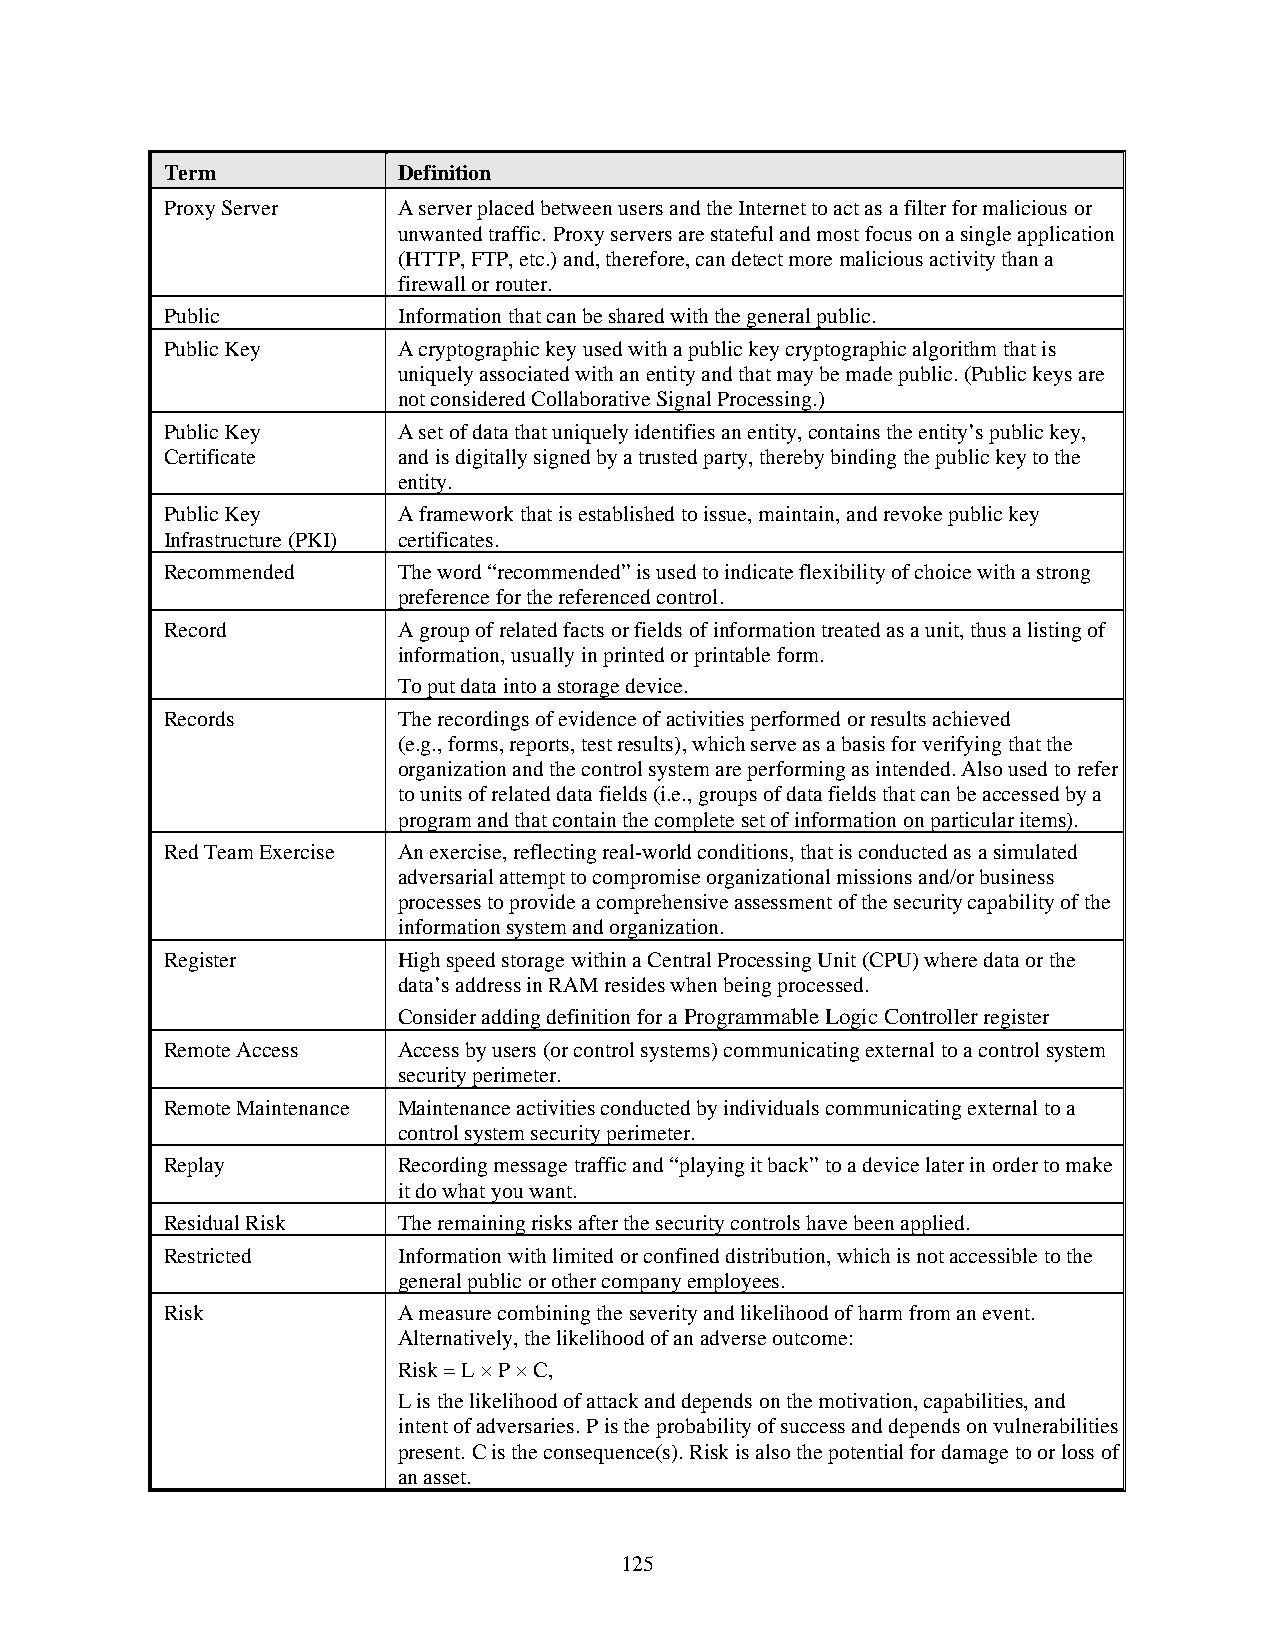
Term           Definition
 Proxy Server   A server placed between users and the Internet to act as a filter for malicious or
 unwanted traffic. Proxy servers are stateful and most focus on a single application
 (HTTP, FTP, etc.) and, therefore, can detect more malicious activity than a
 firewall or router.
 Public         Information that can be shared with the general public.
 Public Key     A cryptographic key used with a public key cryptographic algorithm that is
 uniquely associated with an entity and that may be made public. (Public keys are
 not considered Collaborative Signal Processing.)
 Public Key     A set of data that uniquely identifies an entity, contains the entity’s public key,
 Certificate    and is digitally signed by a trusted party, thereby binding the public key to the
 entity.
 Public Key     A framework that is established to issue, maintain, and revoke public key
 Infrastructure (PKI) certificates.
 Recommended    The word “recommended” is used to indicate flexibility of choice with a strong
 preference for the referenced control.
 Record         A group of related facts or fields of information treated as a unit, thus a listing of
 information, usually in printed or printable form.
 To put data into a storage device.
 Records        The recordings of evidence of activities performed or results achieved
 (e.g., forms, reports, test results), which serve as a basis for verifying that the
 organization and the control system are performing as intended. Also used to refer
 to units of related data fields (i.e., groups of data fields that can be accessed by a
 program and that contain the complete set of information on particular items).
 Red Team Exercise An exercise, reflecting real-world conditions, that is conducted as a simulated
 adversarial attempt to compromise organizational missions and/or business
 processes to provide a comprehensive assessment of the security capability of the
 information system and organization.
 Register       High speed storage within a Central Processing Unit (CPU) where data or the
 data’s address in RAM resides when being processed.
 Consider adding definition for a Programmable Logic Controller register
 Remote Access  Access by users (or control systems) communicating external to a control system
 security perimeter.
 Remote Maintenance Maintenance activities conducted by individuals communicating external to a
 control system security perimeter.
 Replay         Recording message traffic and “playing it back” to a device later in order to make
 it do what you want.
 Residual Risk  The remaining risks after the security controls have been applied.
 Restricted     Information with limited or confined distribution, which is not accessible to the
 general public or other company employees.
 Risk           A measure combining the severity and likelihood of harm from an event.
 Alternatively, the likelihood of an adverse outcome:
 Risk = L × P × C,
 L is the likelihood of attack and depends on the motivation, capabilities, and
 intent of adversaries. P is the probability of success and depends on vulnerabilities
 present. C is the consequence(s). Risk is also the potential for damage to or loss of
 an asset.
 125